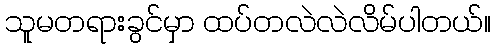
သူမတရားခွင်မှာ ထပ်တလဲလဲလိမ်ပါတယ်။